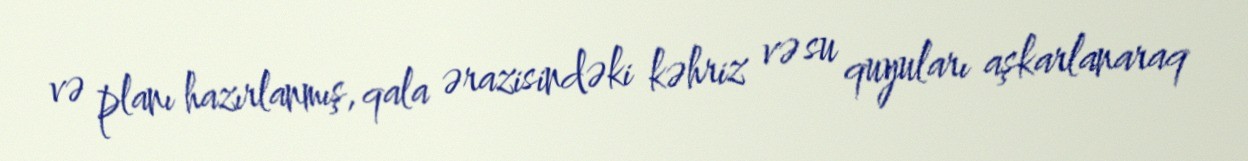
və planı hazırlanmış, qala ərazisindəki kəhriz və su quyuları aşkarlanaraq